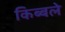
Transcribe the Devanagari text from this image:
किब्बले